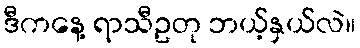
ဒီကနေ့ ရာသီဥတု ဘယ့်နှယ်လဲ။